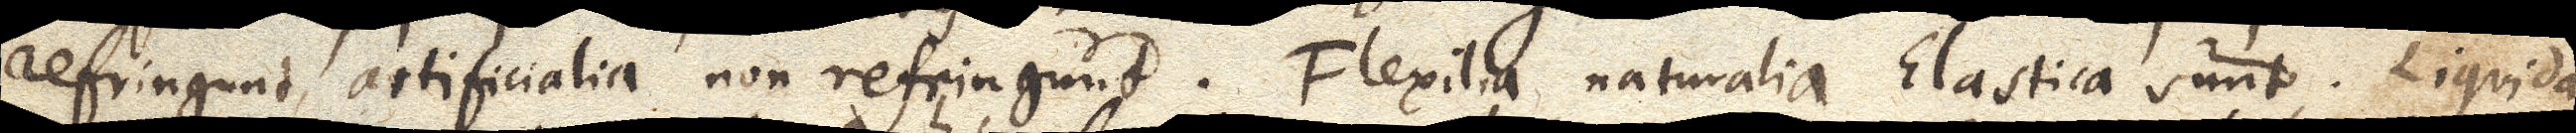
refringunt, artificialia non refringunt. Flexilia naturalia Elastica sunt. Liquida